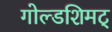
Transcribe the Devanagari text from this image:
गोल्डशिमट्